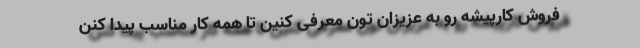
فروش کارپیشه رو به عزیزان تون معرفی کنین تا همه کار مناسب پیدا کنن